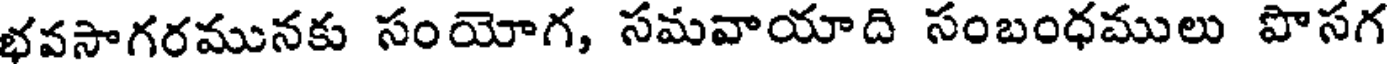
భవసాగరమునకు సంయోగ, సమవాయాది సంబంధములు పొసగ